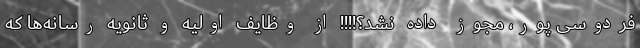
فردوسی پور، مجوز داده نشد؟!!!! از وظایف اولیه و ثانویه رسانه‌‌ها که